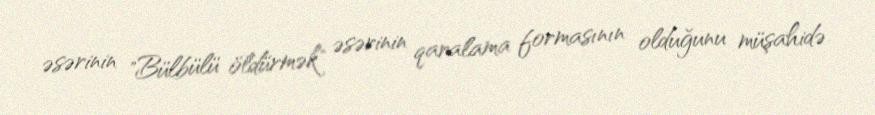
əsərinin "Bülbülü öldürmək" əsərinin qaralama formasının olduğunu müşahidə